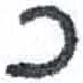
אות: כ